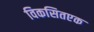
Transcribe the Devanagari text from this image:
विकसितएक